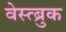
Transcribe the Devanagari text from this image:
वेस्त्ब्रुक